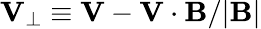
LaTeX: \begin{array}{r}{{\mathbf V}_{\perp}\equiv{\mathbf V}-{\mathbf V}\cdot{\mathbf B}/|{\mathbf B}|}\end{array}